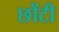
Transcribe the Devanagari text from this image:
छोंटी